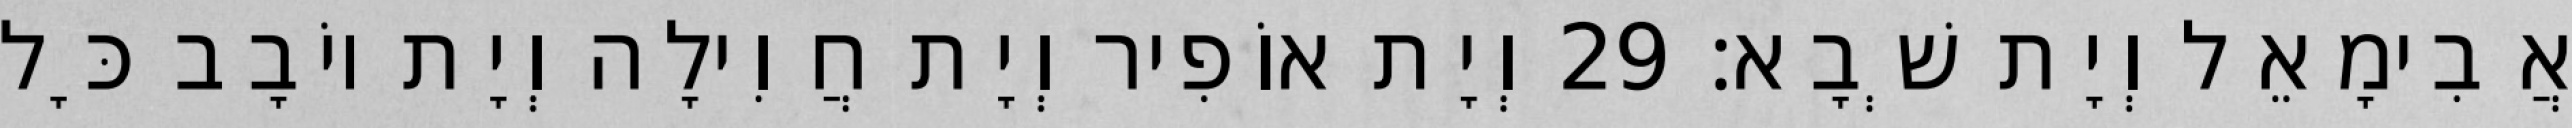
אֲבִימָאֵל וְיָת שְׁבָא׃ 29 וְיָת אוֹפִיר וְיָת חֲוִילָה וְיָת יוֹבָב כָּל